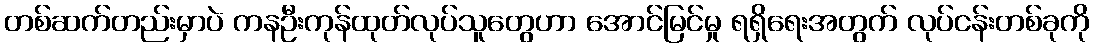
တစ်ဆက်တည်းမှာပဲ ကနဦးကုန်ထုတ်လုပ်သူတွေဟာ အောင်မြင်မှု ရရှိရေးအတွက် လုပ်ငန်းတစ်ခုကို